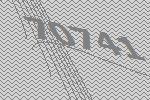
70741